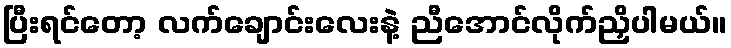
ပြီးရင်တော့ လက်ချောင်းလေးနဲ့ ညီအောင်လိုက်ညှိပါမယ်။